Scottish Leaving Certificate Examination, 1957
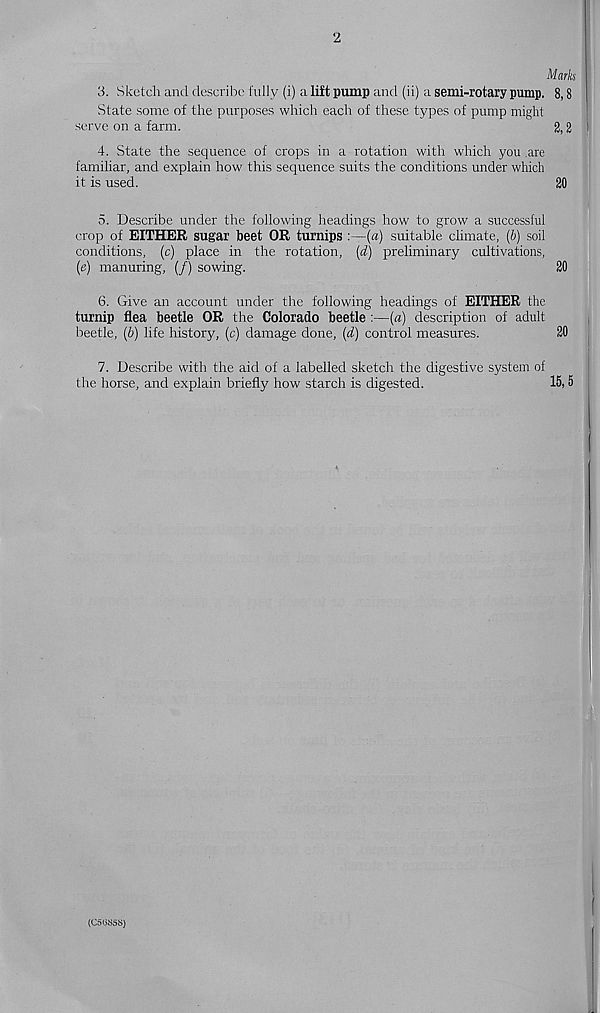
2
Marks
3. Sketch and describe fully (i) a lift pump and (ii) a semi-rotary pump. 8,8
State some of the purposes which each of these types of pump might
serve on a farm.
2,2 I
4. State the sequence of crops in a rotation with which you .are
familiar, and explain how this sequence suits the conditions under which
it is used.
20
5. Describe under the following headings how to grow a successful
crop of EITHER sugar beet OR turnips :—(a) suitable climate, (b) soil
conditions, (c) place in the rotation, (d) preliminary cultivations,
(e) manuring, (/) sowing.
20
6. Give an account under the following headings of EITHER the
turnip flea beetle OR the Colorado beetle:—(a) description of adult
beetle, (b) life history, (c) damage done, (d) control measures.
20
7. Describe with the aid of a labelled sketch the digestive system of
the horse, and explain briefly how starch is digested.
15,5
(C50S5S)